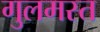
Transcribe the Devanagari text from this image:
गुलमस्त